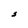
Character: S